画像に写った文字を読んでください
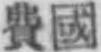
「費國」と書いてあります